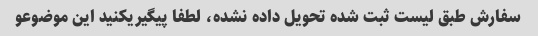
سفارش طبق لیست ثبت شده تحویل داده نشده، لطفا پیگیریکنید این موضوعو